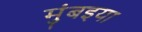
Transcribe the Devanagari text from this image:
मुंबइया